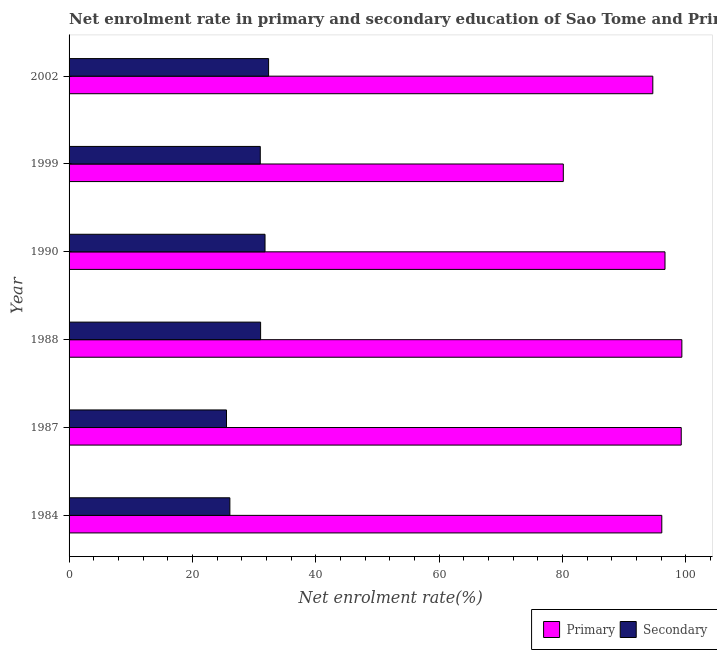
| Year | Primary | Secondary |
 | --- | --- | --- |
 | 1984 | 96.1 | 26.1 |
 | 1987 | 99.3 | 25.5 |
 | 1988 | 99.4 | 31.1 |
 | 1990 | 96.6 | 31.8 |
 | 1999 | 80.2 | 31 |
 | 2002 | 94.7 | 32.4 |